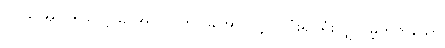
ပါ-ဒု-အုပ်-၅၉၊ ဋ္ဌ-မ-အုပ်-၂၇၈။ ။အောင်လျှင် ပြုံး၍ ရှုံးလျှင် မဲ့တတ်သော